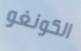
الكونغو